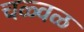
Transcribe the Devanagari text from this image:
चळ्वळ